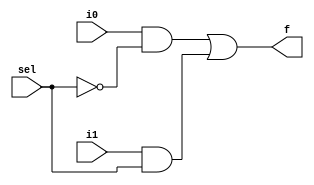
// #######################################################################
// # Copyright (C)                                                       #
// # 2023 Nima Akbarzade (iw4p@protonmail.com)                           #
// # Permission given to modify the code as long as you keep this        #
// # declaration at the top                                              #
// #######################################################################

module mux2to1(sel, i1, i0, f);
    input i0, i1, sel;
    output f;
    wire nsel, w1, w2;
    not(nsel, sel);
    and(w1, i0, nsel);
    and(w2, i1, sel);
    or(f, w1, w2);
endmodule

module test_mux2to1;
  reg s, a1, a0;
  wire q;
  mux2to1 mux(.sel(s), .i1(a1), .i0(a0), .f(q));
  initial begin
    $monitor("sel = %b: i0 = %b, i1 = %b --> f = %b", s, a0, a1, q);
    s = 1'b0; a1=1'b0; a0=1'b0;
    #10
    s = 1'b0; a1=1'b1; a0=1'b1;
    #10
    s = 1'b0; a1=1'b1; a0=1'b0;
    #10
    s = 1'b0; a1=1'b1; a0=1'b1;
    #10
    s = 1'b1; a1=1'b0; a0=1'b0;
    #10
    s = 1'b1; a1=1'b0; a0=1'b1;
    #10
    s = 1'b1; a1=1'b1; a0=1'b0;
    #10
    s = 1'b1; a1=1'b1; a0=1'b1;
  end
endmodule